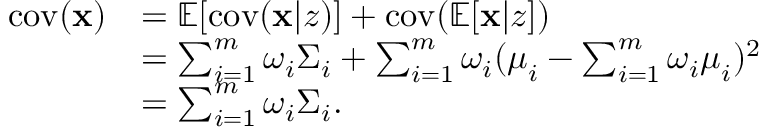
\begin{array} { r l } { \mathrm { c o v } ( \mathbf { x } ) } & { = \mathbb { E } [ \mathrm { c o v } ( \mathbf { x } \vert z ) ] + \mathrm { c o v } ( \mathbb { E } [ \mathbf { x } \vert z ] ) } \\ & { = \sum _ { i = 1 } ^ { m } \omega _ { i } \boldsymbol { \Sigma } _ { i } + \sum _ { i = 1 } ^ { m } \omega _ { i } ( \boldsymbol { \mu } _ { i } - \sum _ { i = 1 } ^ { m } \omega _ { i } \boldsymbol { \mu } _ { i } ) ^ { 2 } } \\ & { = \sum _ { i = 1 } ^ { m } \omega _ { i } \boldsymbol { \Sigma } _ { i } . } \end{array}